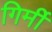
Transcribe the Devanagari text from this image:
गिर्मी